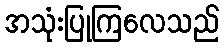
အသုံးပြုကြလေသည်